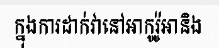
ក្នុងការដាក់វានៅអាកូរ៉ូអានិង